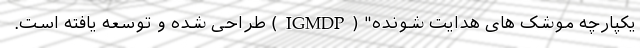
یکپارچه موشک های هدایت شونده" (IGMDP) طراحی شده و توسعه یافته است.